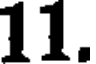
11.